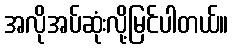
အလိုအပ်ဆုံးလို့မြင်ပါတယ်။